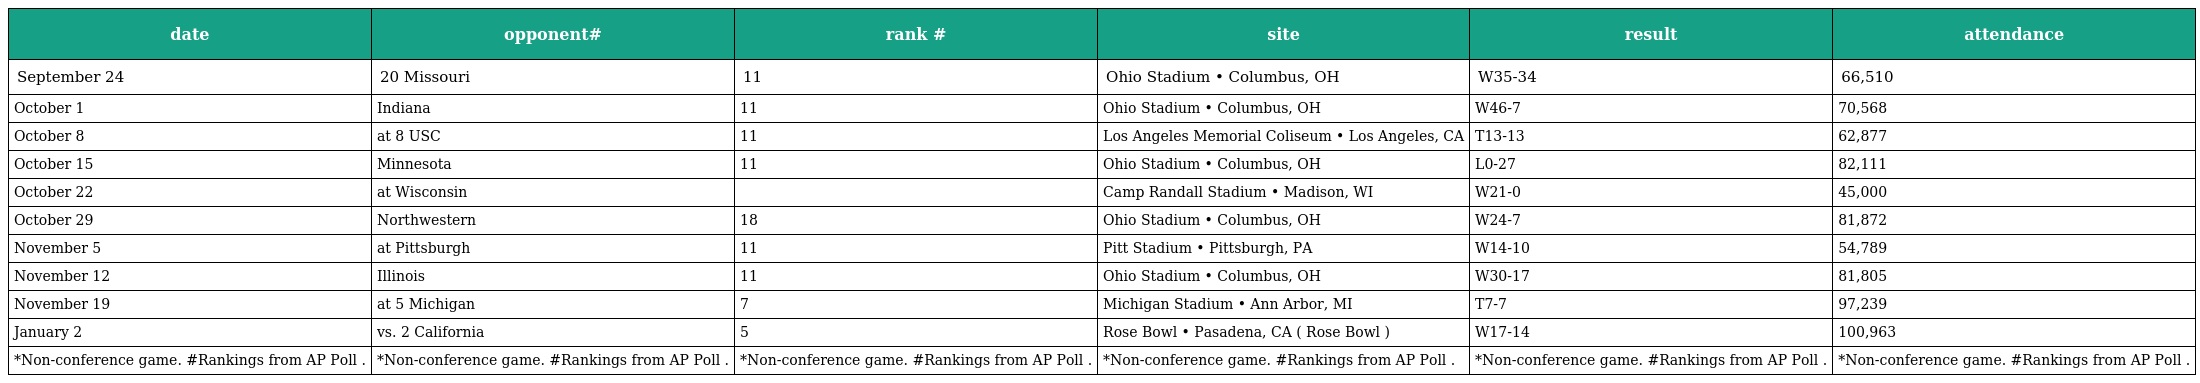
| date | opponent# | rank # | site | result | attendance |
 | --- | --- | --- | --- | --- | --- |
 | September 24 | 20 Missouri | 11 | Ohio Stadium • Columbus, OH | W35-34 | 66,510 |
 | October 1 | Indiana | 11 | Ohio Stadium • Columbus, OH | W46-7 | 70,568 |
 | October 8 | at 8 USC | 11 | Los Angeles Memorial Coliseum • Los Angeles, CA | T13-13 | 62,877 |
 | October 15 | Minnesota | 11 | Ohio Stadium • Columbus, OH | L0-27 | 82,111 |
 | October 22 | at Wisconsin |  | Camp Randall Stadium • Madison, WI | W21-0 | 45,000 |
 | October 29 | Northwestern | 18 | Ohio Stadium • Columbus, OH | W24-7 | 81,872 |
 | November 5 | at Pittsburgh | 11 | Pitt Stadium • Pittsburgh, PA | W14-10 | 54,789 |
 | November 12 | Illinois | 11 | Ohio Stadium • Columbus, OH | W30-17 | 81,805 |
 | November 19 | at 5 Michigan | 7 | Michigan Stadium • Ann Arbor, MI | T7-7 | 97,239 |
 | January 2 | vs. 2 California | 5 | Rose Bowl • Pasadena, CA ( Rose Bowl ) | W17-14 | 100,963 |
 | *Non-conference game. #Rankings from AP Poll . | *Non-conference game. #Rankings from AP Poll . | *Non-conference game. #Rankings from AP Poll . | *Non-conference game. #Rankings from AP Poll . | *Non-conference game. #Rankings from AP Poll . | *Non-conference game. #Rankings from AP Poll . |